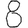
Digit: 8